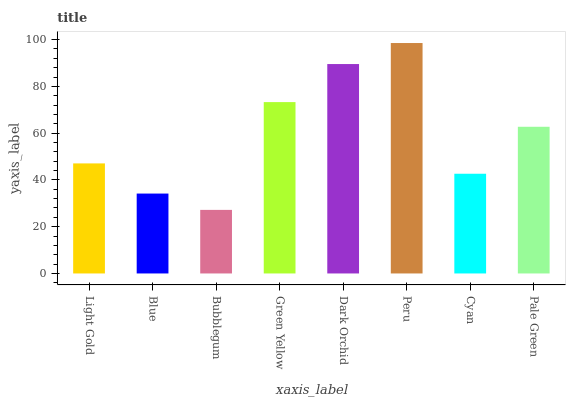
| xaxis_label | bars |
 | --- | --- |
 | Light Gold | 47.1 |
 | Blue | 34.2 |
 | Bubblegum | 27.2 |
 | Green Yellow | 73.3 |
 | Dark Orchid | 89.6 |
 | Peru | 98.5 |
 | Cyan | 42.6 |
 | Pale Green | 62.7 |